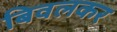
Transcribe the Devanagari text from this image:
बिवलकर